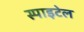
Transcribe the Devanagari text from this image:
स्पाइटेल